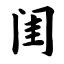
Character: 闺